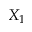
X _ { 1 }